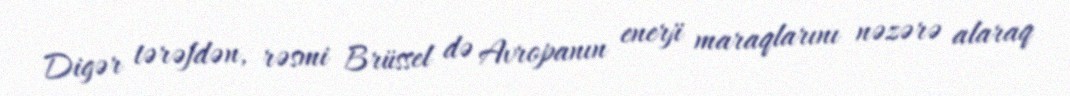
Digər tərəfdən, rəsmi Brüssel də Avropanın enerji maraqlarını nəzərə alaraq